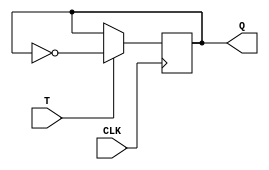
module t_ff (
    input T,
    input CLK,
    output reg Q
);

always @(posedge CLK) begin
    if (T == 1'b1) begin
        Q <= ~Q;
    end
end

endmodule